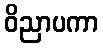
ဝိညာပကာ